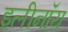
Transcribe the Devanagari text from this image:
इलीनॉय